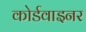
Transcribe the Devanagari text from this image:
कोर्डवाइनर